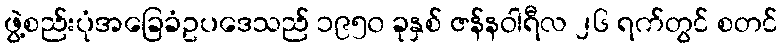
ဖွဲ့စည်းပုံအခြေခံဥပဒေသည် ၁၉၅၀ ခုနှစ် ဇန်နဝါရီလ ၂၆ ရက်တွင် စတင်